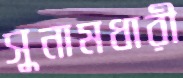
সুনামধারী